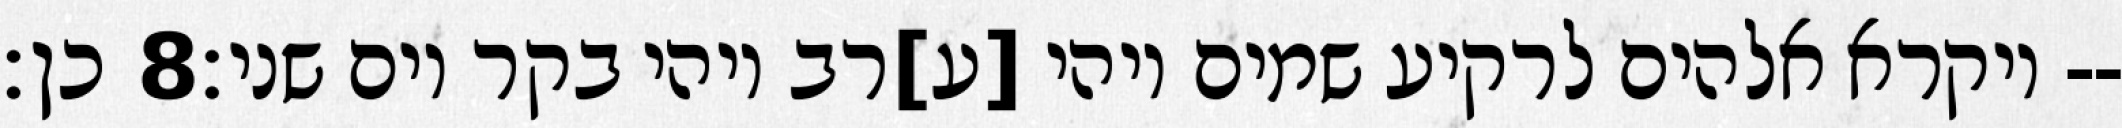
כן׃ ‎8‏ ויקרא אלהים לרקיע שמים ויהי [ע]רב ויהי בקר יום שני׃--